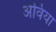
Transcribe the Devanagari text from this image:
अविया